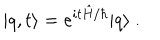
| q , t \rangle = e ^ { i t \hat { H } / \hbar } | q \rangle \ .